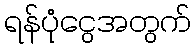
ရန်ပုံငွေအတွက်